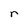
Character: r